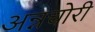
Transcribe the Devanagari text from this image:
अन्नचोरी